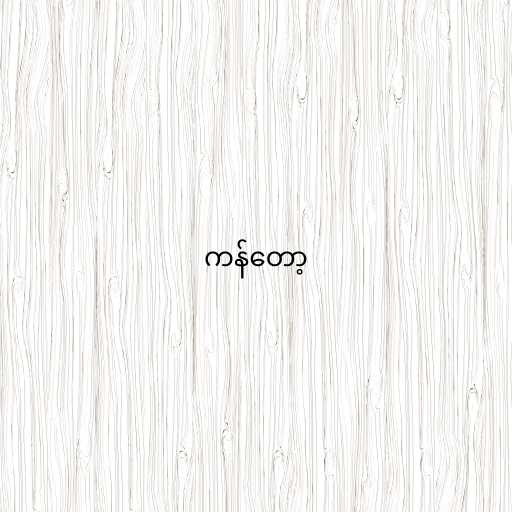
ကန်တော့